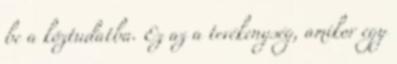
be a köztudatba. Ez az a tevékenység, amikor egy